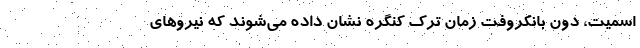
اسمیت،‌ دون بانکروفت زمان ترک کنگره نشان داده می‌شوند که نیروهای